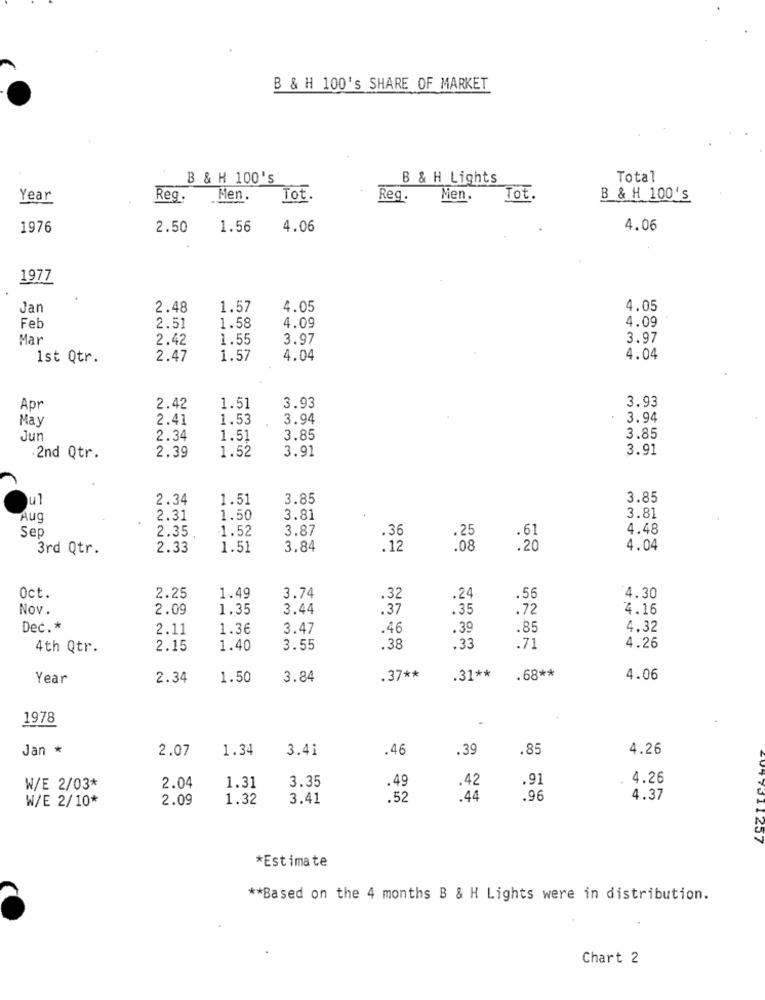
B & H 100's SHARE OF MARKET
B & H 100's
B & H Lights
Total
Year
Reg.
Men.
Tot.
Reg.
Men.
Tot.
B & H 100's
1976
2.50
1.56
4.06
4.06
1977
Jan
2.48
1.57
4.05
4.05
4.09
Feb
2.51
1.58
4.09
Mar
2.42
1.55
3.97
3.97
1st Qtr.
2.47
1.57
4.04
4.04
3.93
3.93
Apr
2.42
1.51
May
2.41
1.53
3.94
3.94
Jur
2.34
1.51
3.85
3.85
2.39
1.52
3.91
3.91
2nd Qtr.
ul
2.34
1.51
3.85
3.85
3.81
Aug
2.31
1.50
3.81
Sep
2.35
1.52
3.87
.36
.25
.61
4.48
3rd Qtr.
2.33
1.51
3.84
.12
.08
.20
4.04
.56
Oct.
2.25
1.49
3.74
.32
.24
4.30
Nov.
2.09
1.35
3.44
.37
.35
.72
4.16
Dec .*
2.11
1.36
3.47
.46
.39
.85
4.32
4th Qtr.
2.15
1.40
3.55
.38
.33
.71
4.26
Year
2.34
1.50
3.84
.37 **
.31 **
.68 **
4.06
1978
Jan *
2.07
1.34
3.41
.46
.39
.85
4.26
3.35
.91
4.26
W/E 2/03*
2.04
1.31
.49
.42
W/E 2/10*
2.09
1.32
3.41
.52
.44
.96
4.37
*Estimate
** Based on the 4 months B & H Lights were in distribution.
Chart 2